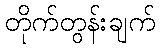
တိုက်တွန်းချက်